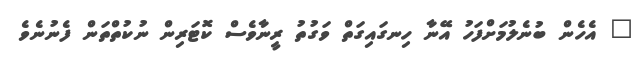
" އެހެން ބުނެލުމަށްފަހު އޭނާ ހިނގައިގަތް ވަގުތު ރީނާވެސް ކޮޓަރިން ނުކުތްތަން ފެނުނެވެ